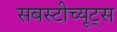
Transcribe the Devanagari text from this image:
सबस्टीच्यूट्स